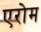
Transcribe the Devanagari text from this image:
एरोम